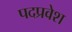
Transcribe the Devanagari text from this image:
पदप्रवेश